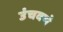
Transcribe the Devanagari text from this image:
उंचवणे